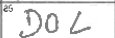
Transcription: DOL